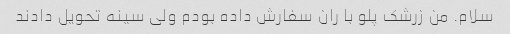
سلام. من زرشک پلو با ران سفارش داده بودم ولی سینه تحویل دادند